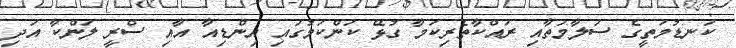
ކަނޑުމަތީގެ ސަލާމަތާއި ރައްކާތެރިކަމާ ގުޅޭ ކަންކަމުގައި އިންޑިއާ އާއި ސްރީ ލަންކާ އަދި